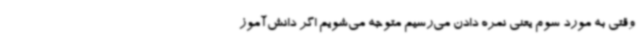
وقتی به مورد سوم یعنی نمره دادن می‌رسیم متوجه می‌شویم اگر دانش‌آموز